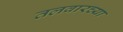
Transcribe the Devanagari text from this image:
तलवारच्या